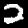
Label: 2